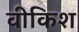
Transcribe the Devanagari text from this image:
वीकिश